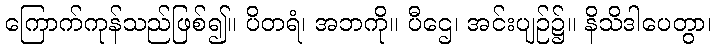
ကြောက်ကုန်သည်ဖြစ်၍။ ပိတရံ၊ အဘကို။ ပီဌေ၊ အင်းပျဉ်၌။ နိသိဒါပေတွာ၊